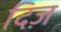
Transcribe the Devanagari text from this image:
दिज़